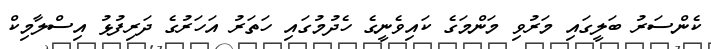
ކެންސަރު ބަލީގައި މަރުވި މަންމަގެ ކައިވެނީގެ ހެދުމުގައި ހަތަރު އަހަރުގެ ދަރިފުޅު އިސްލާމިކް